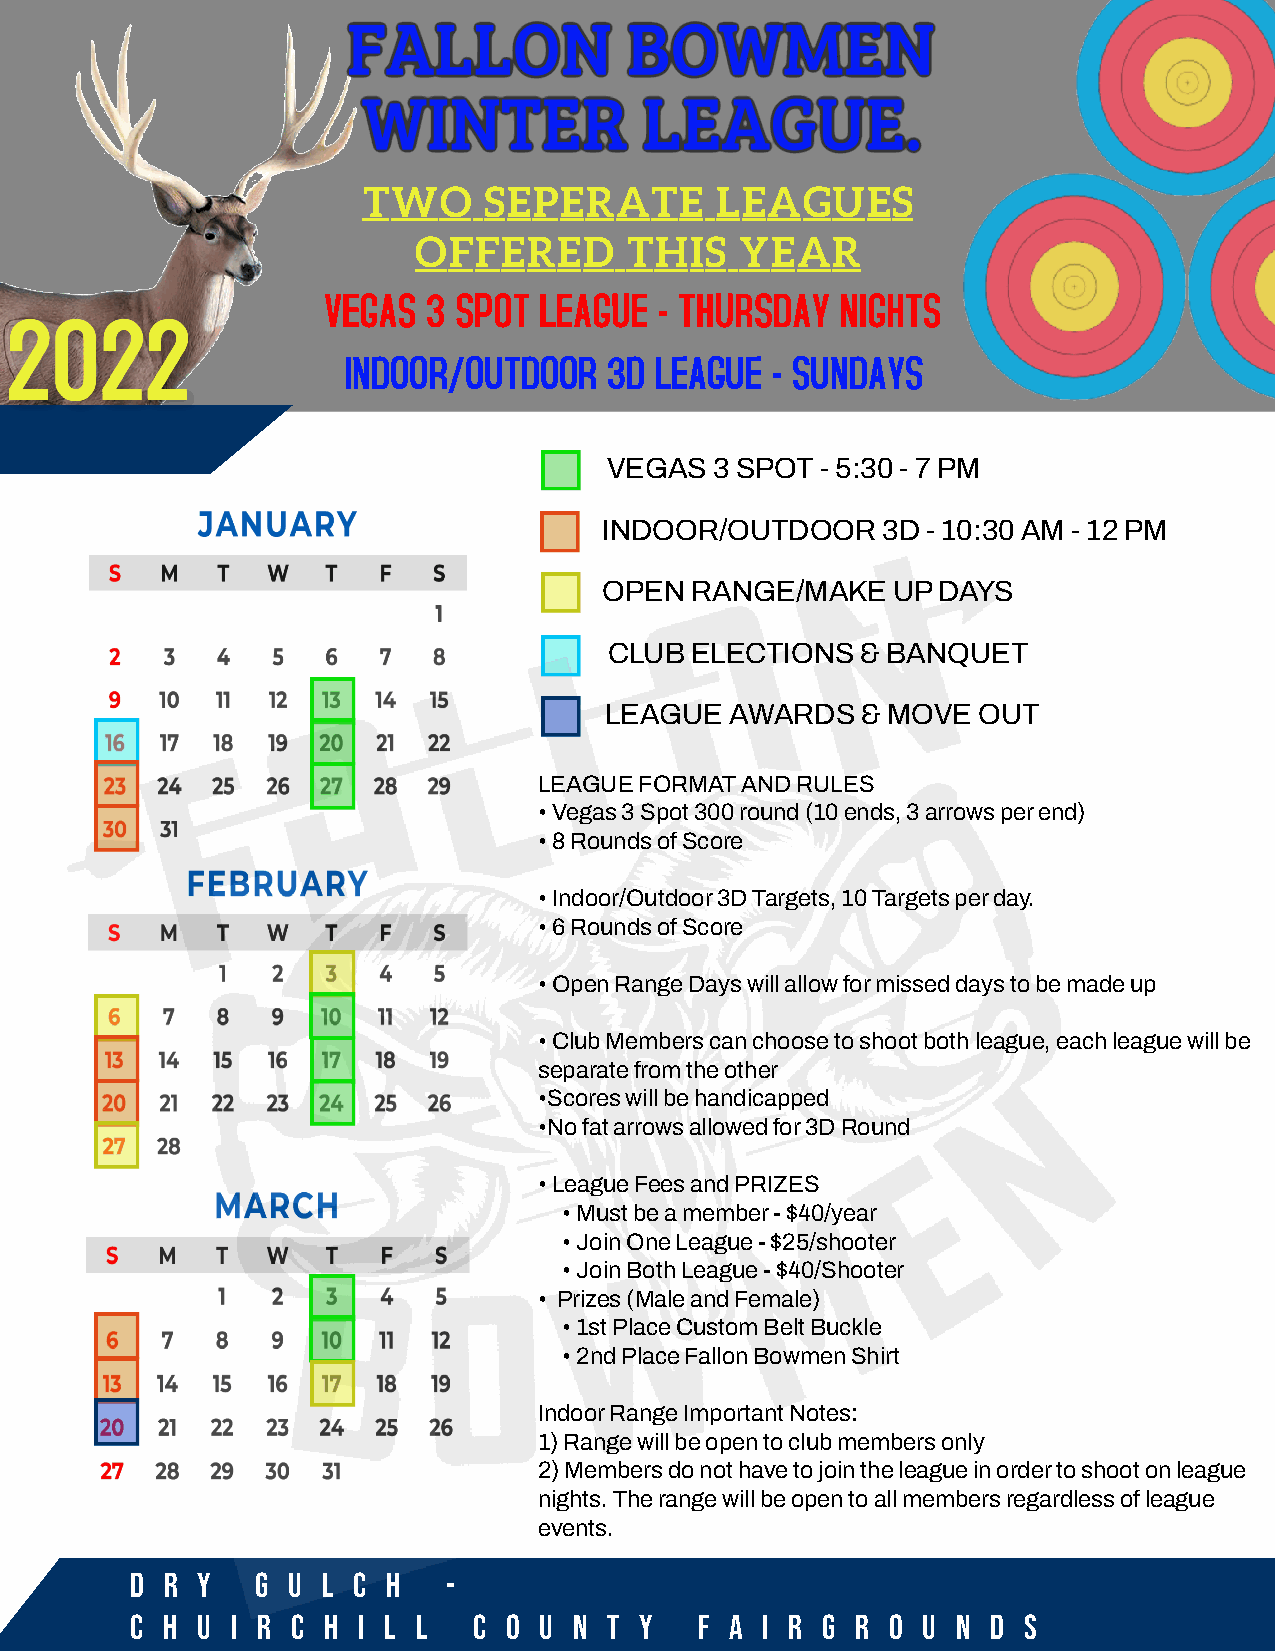
TWO     SEPERATE       LEAGUES
 OFFERED       THIS    YEAR
 VEGAS  3 SPOT  LEAGUE  - THURSDAY  NIGHTS
 INDOOR/OUTDOOR   3D LEAGUE  - SUNDAYS
 VEGAS  3 SPOT - 5:30 - 7 PM
 INDOOR/OUTDOOR    3D - 10:30 AM - 12 PM
 OPEN  RANGE/MAKE   UP DAYS
 CLUB  ELECTIONS  & BANQUET
 LEAGUE  AWARDS   & MOVE  OUT
 LEAGUE FORMAT AND RULES
 • Vegas 3 Spot 300 round (10 ends, 3 arrows per end)
 • 8 Rounds of Score
 • Indoor/Outdoor 3D Targets, 10 Targets per day.
 • 6 Rounds of Score
 • Open Range Days will allow for missed days to be made up
 • Club Members can choose to shoot both league, each league will be
 separate from the other
 •Scores will be handicapped
 •No fat arrows allowed for 3D Round
 • League Fees and PRIZES
 • Must be a member - $40/year
 • Join One League - $25/shooter
 • Join Both League - $40/Shooter
 • Prizes (Male and Female)
 • 1st Place Custom Belt Buckle
 • 2nd Place Fallon Bowmen Shirt
 Indoor Range Important Notes:
 1) Range will be open to club members only
 2) Members do not have to join the league in order to shoot on league
 nights. The range will be open to all members regardless of league
 events.
 D R Y   G U L C  H   -
 C H U I R C H  I L L  C O  U N T Y   F A I R G  R O U N  D S